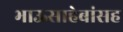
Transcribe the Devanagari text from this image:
भाऊसाहेबांसह